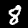
Label: 8